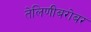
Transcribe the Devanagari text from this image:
तेलिणीबरोबर